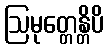
ဩမုတ္တေန္တိပိ